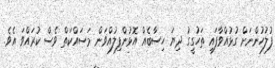
ފުލުހުންނަށް ގުޅުއްވާފައި ތަހުގީގު ދިޔަ ހިސާބެއް އޮޅުންފިލުއްވަން މަސައްކަތް ވެސް ކުރައްވަ އެވެ.